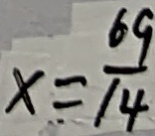
x = \frac { 6 9 } { 1 4 }